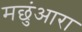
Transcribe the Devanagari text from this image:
मछुंआरा